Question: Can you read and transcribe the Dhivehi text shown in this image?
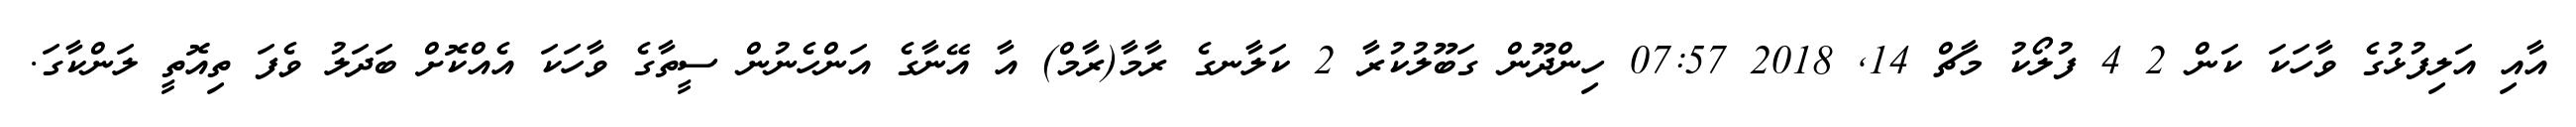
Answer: އާއި އަލިފުޅުގެ ވާހަކަ ކަން 2 4 ފުލޯކު މާޗް 14, 2018 07:57 ހިންދޫން ގަބޫލުކުރާ 2 ކަލާނގެ ރާމާ(ރާމް) އާ އޭނާގެ އަންހެނުން ސީތާގެ ވާހަކަ އެއްކޮށް ބަދަލު ވެފަ ތިއޮތީ ލަންކާގަ.